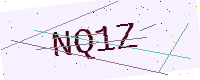
Text: NQ1Z